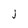
Character: J